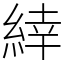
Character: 緈